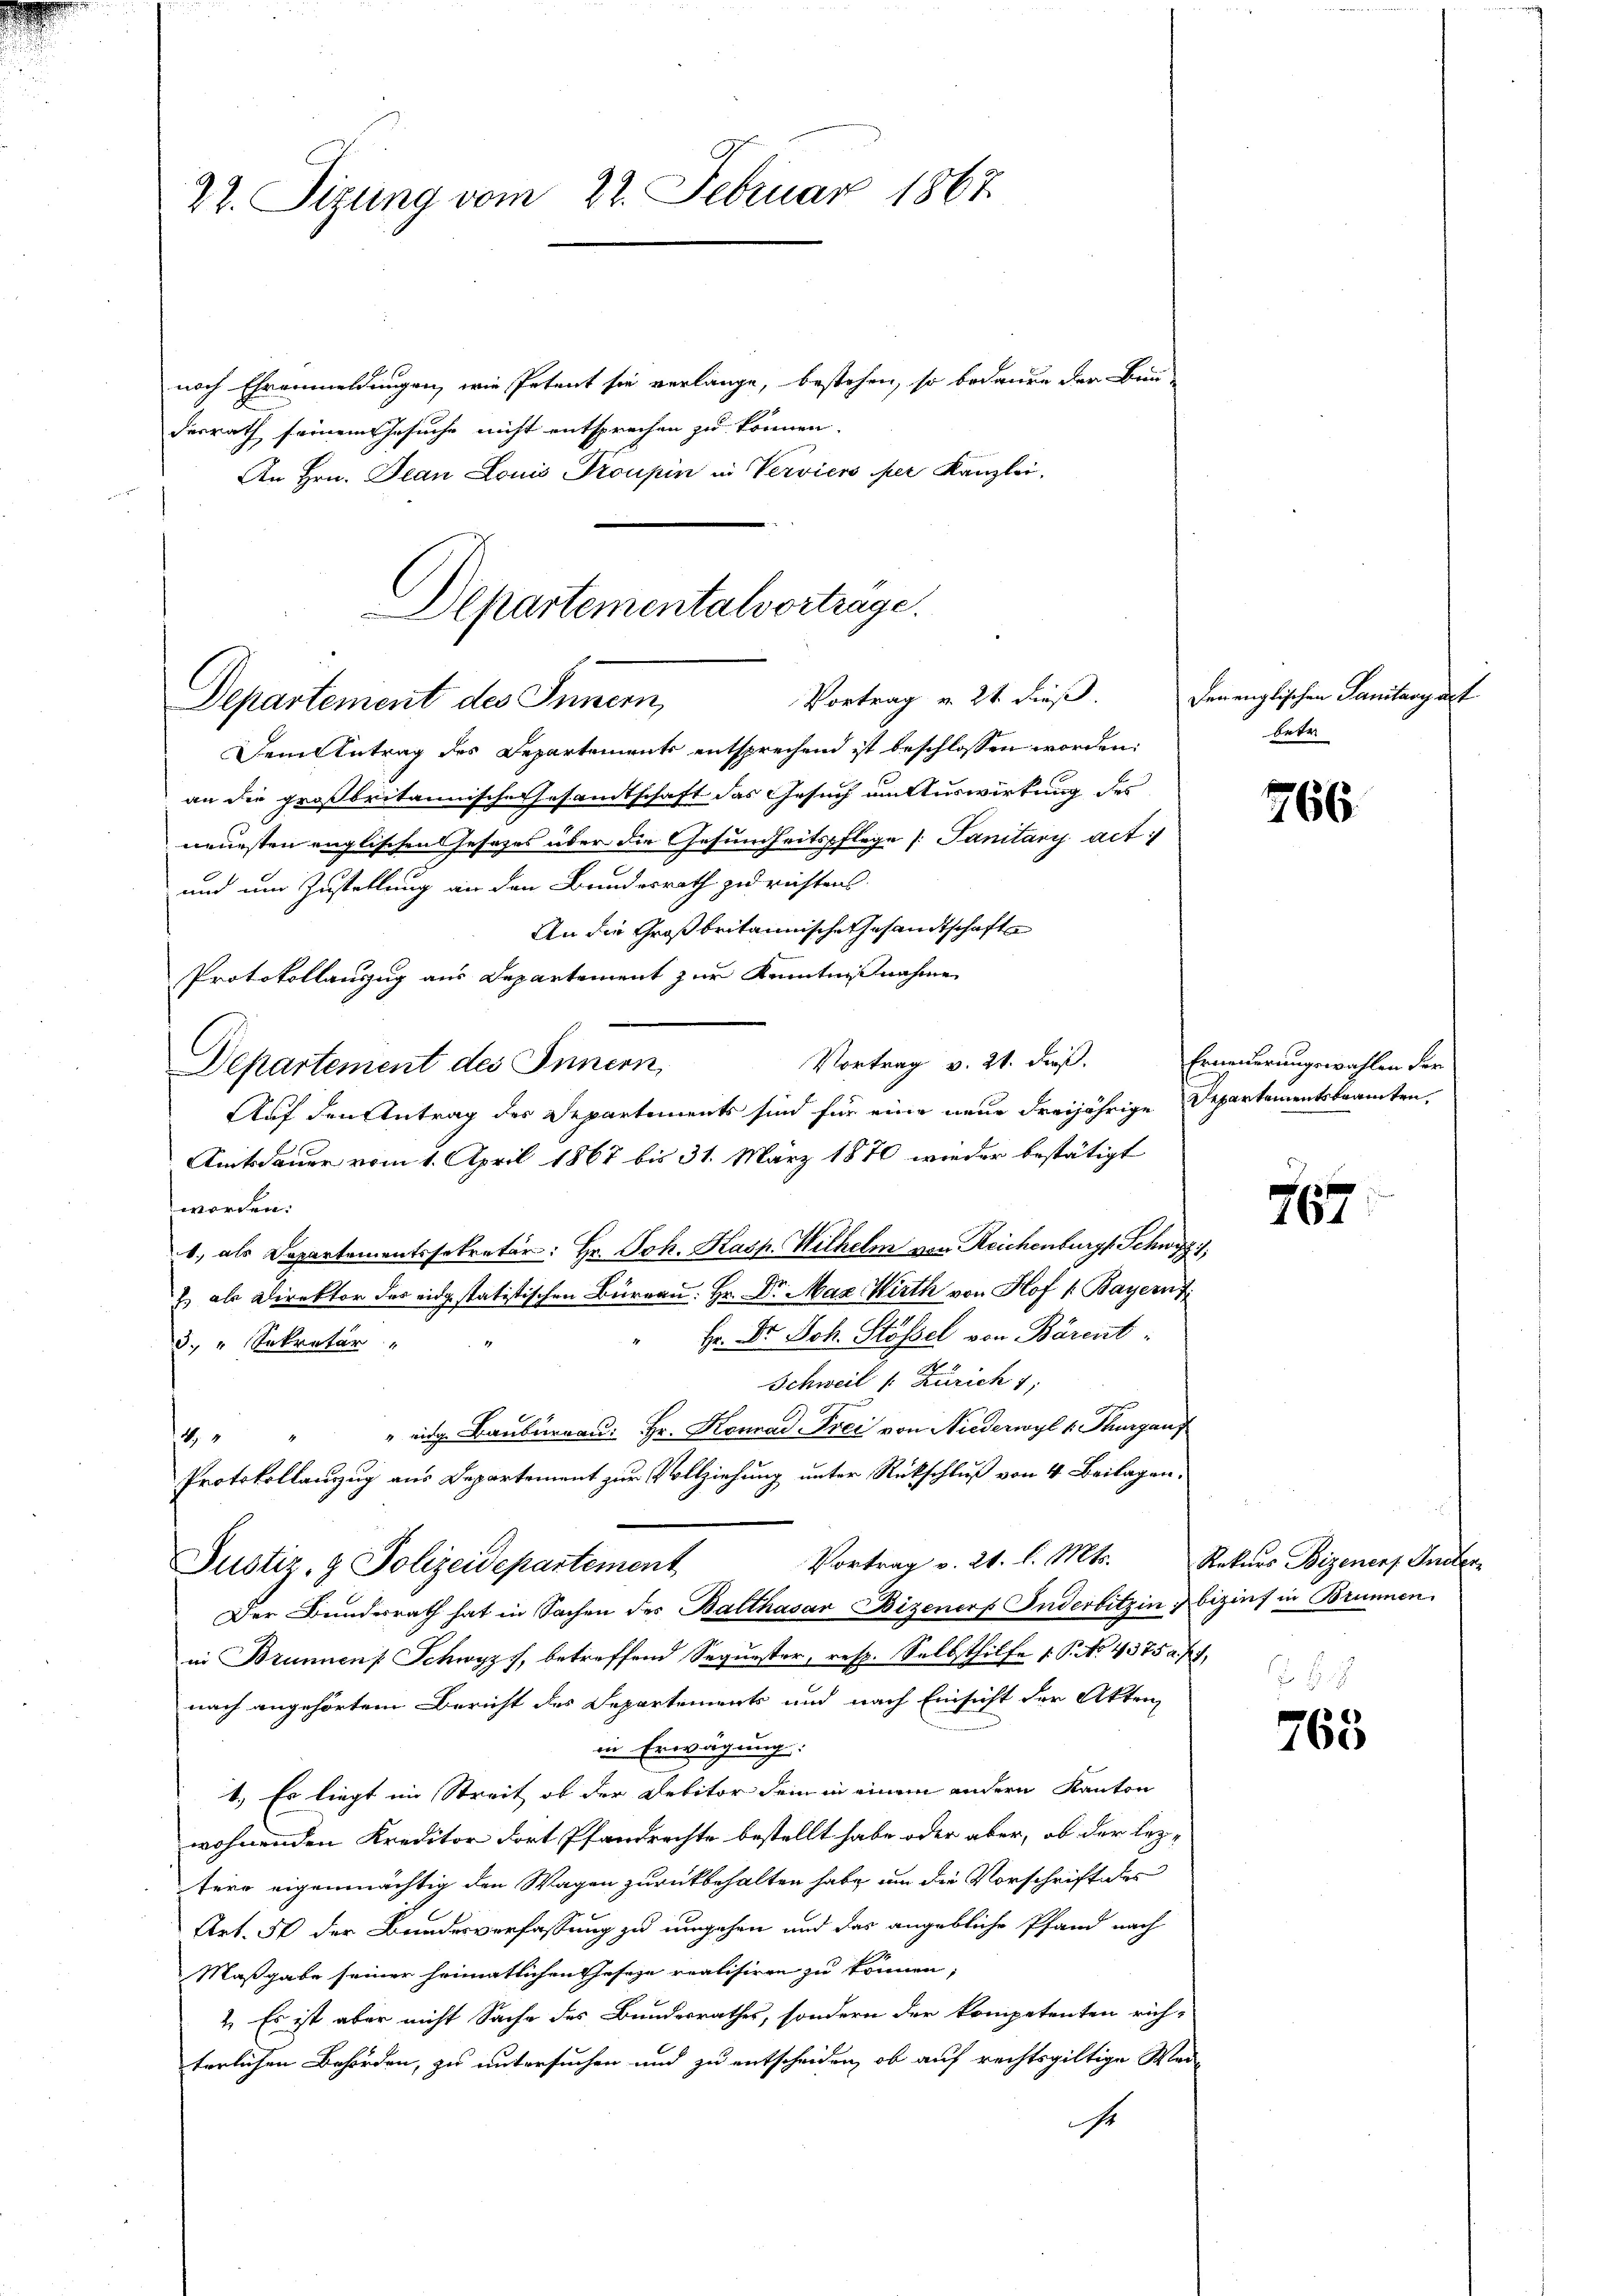
27. Sizung vom 22. Februar 1867.

nach Ehrenmeldungen, wie Petent sie verlange, bestehen, so bedauen der Bundesrath seinem Gesuche nicht entsprechen zu können.
An Hrn. Jean Louis Troupin in Verviers per Kanzlei,
Departementalvorträge.

Vortrag u. 21. dieß.
Departement des Innern,

Dem Antrag des Departements entsprechend ist beschlossen worden:
an die großbritannische Gesandtschaft das Gesuch um Auswirkung des
neuesten englischen Gesezes über die Gesundheitspflege /: Panitaris act
und um Zustellung an den Bundesrath zu richtens
An die Großbritannische Gesandtschafte
Protokollanzug aus Departement zur Kenntnißnahme
Vortrag v. 21. dieß.
Departement des Innern,
Auf den Antrag des Departements sind für eine neue dreijährige Departementsbeamten,
Amtsdauer vom 1. April 1867 bis 31. März 1870 wieder bestätigt
worden.
1., als Departementssekretär: Hr. Joh. Kasp. Wilhelm von Reichenburg Schwyz,
E als Direktor des eidgestatistischen Büreau: Hr. Dr. Max Wirth von Hof /: Bayern
" Hr. Dr. Joh. Stössel von Bärent
3. " Sekretär " "
Schweil (: Zürich 1,
" eidg. Bauburgau: Hr. Konrad Frei von Niederwyl v. Kurgans.
14
Protokollanzug aus Departement zur Vollziehung unter Rückschluß von 4 Beilagen.
Vortrag v. 21. l. Mts. Rekurs Bizeners Inter-
Justiz- & Polizeidepartement
Der Bunderrath hat in Sachen des Balthasar Bizener Inderbitzin bizins in Brunnen.
in Brunnen Schwyz, betreffend Sequester, resp. Selbsthilfe 1. P. No. 4375 f.,
nach angehörtem Bericht des Departements und nach Einsicht der Akten
in Erwägung:
1. Es liegt im Streit, ob der Debitor dem in einem andern Kanton
wohnenden Kreditor dort Pfandrechte bestellt habe oder aber, ob der leztere eigenmächtig den Wagen zurückbehalten habe, um die Vorschrift des
Art. 5 der Bundesverfassung zu umgehen und das angebliche Pfand nach
Maßgabe seiner heimatlichen Geseze realisiren zu können;
2. Es ist aber nicht Sache des Bundesrathes, sondern der kompetenten rich-
terlichen Behörden, zu untersuchen und zu entscheiden, ob auf rechtsgültige Wei-
Er

denenglischen Sanitangart
betr

766.

Erneuerungswahlen der

767

765